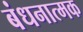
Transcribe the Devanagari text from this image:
बंधनात्मक